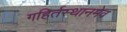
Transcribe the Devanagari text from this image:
गहिर्तस्थानमेव